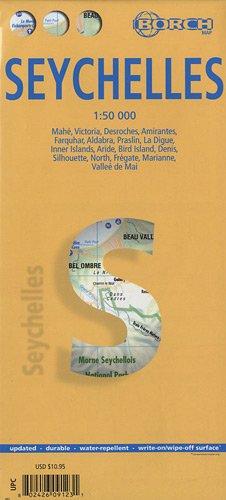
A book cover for Laminated Seychelles Map by Borch (English Edition); Borch; Travel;